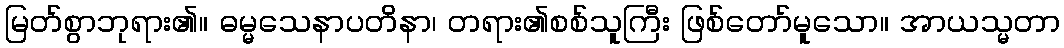
မြတ်စွာဘုရား၏။ ဓမ္မသေနာပတိနာ၊ တရား၏စစ်သူကြီး ဖြစ်တော်မူသော။ အာယသ္မတာ